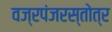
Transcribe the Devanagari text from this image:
वज्रपंजरस्तोत्र